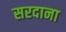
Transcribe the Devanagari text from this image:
सरदाना